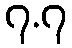
၇.၇